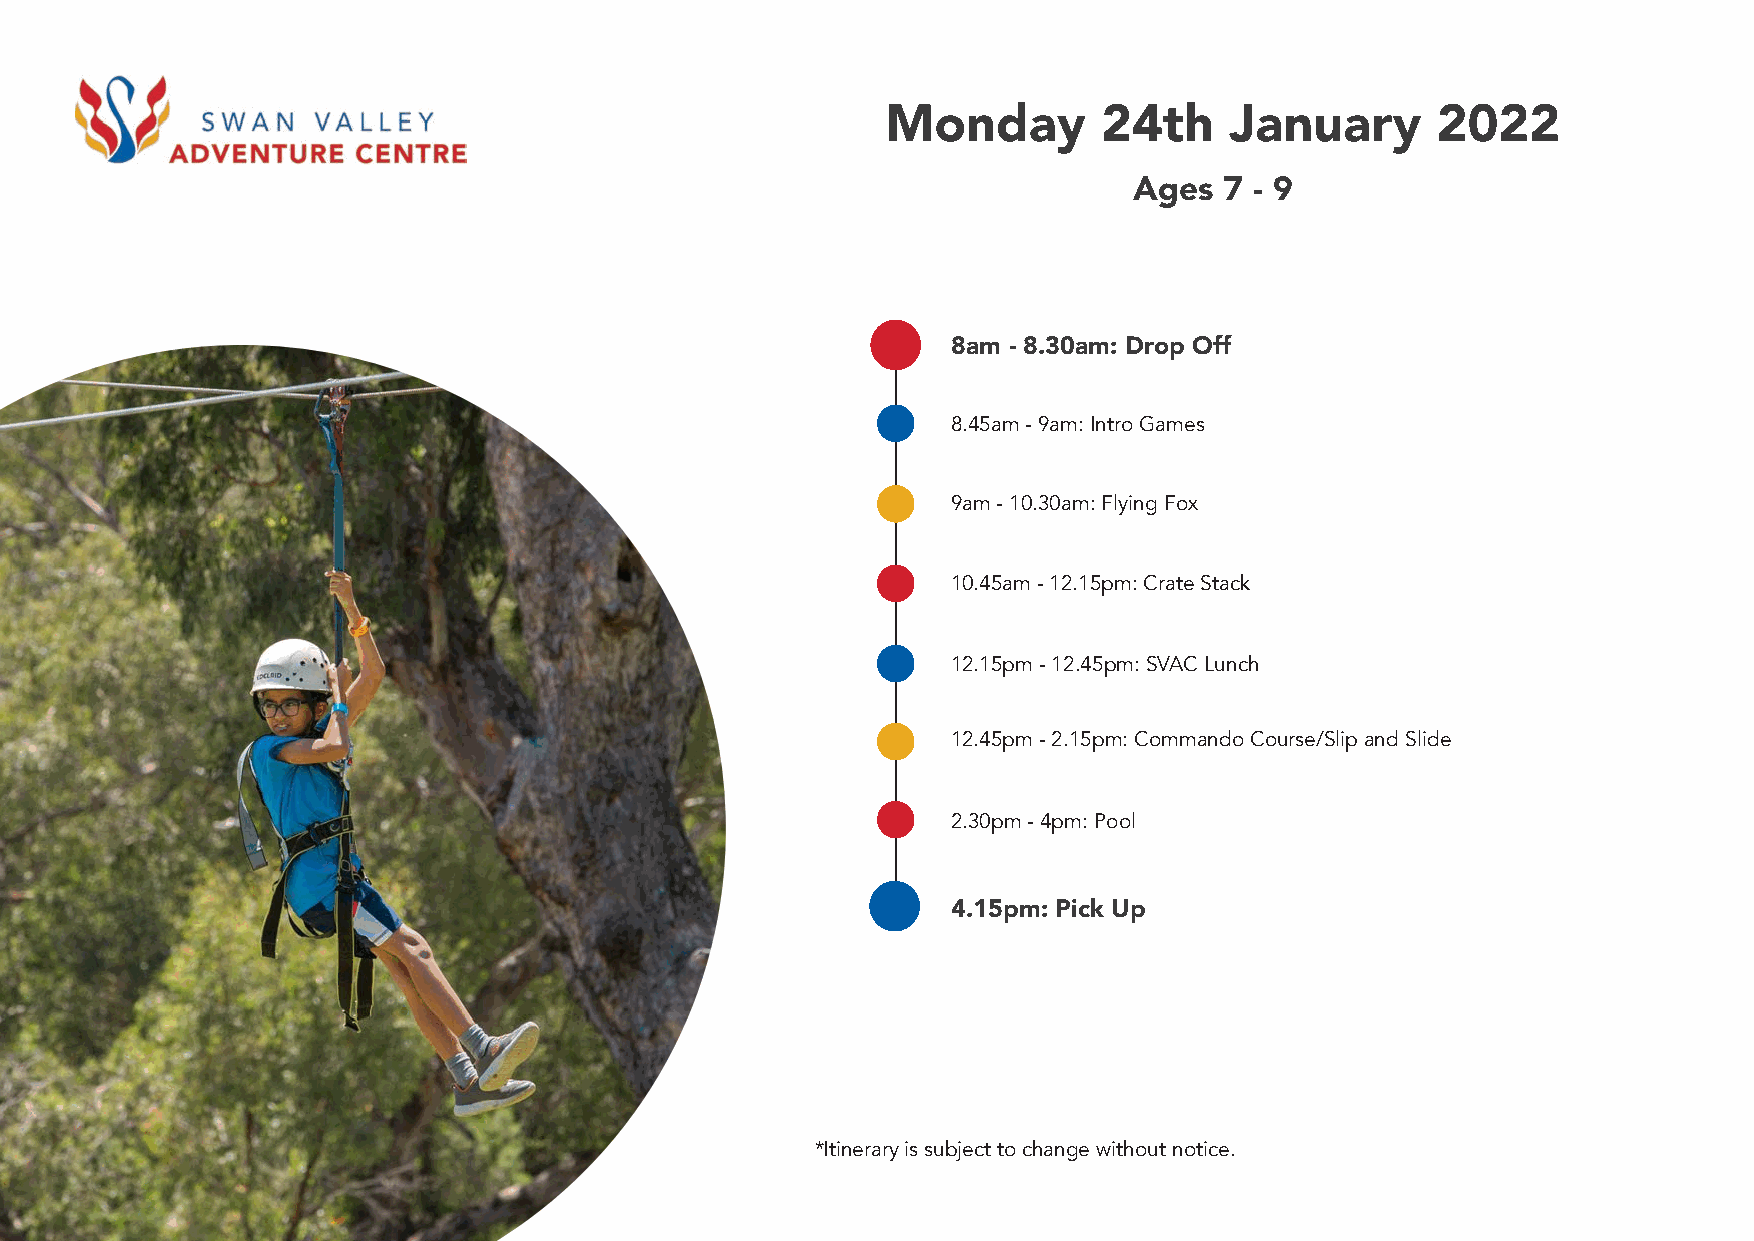
Monday        24th    January       2022
 Ages  7 - 9
 8am - 8.30am: Drop Off
 8.45am - 9am: Intro Games
 9am - 10.30am: Flying Fox
 10.45am - 12.15pm: Crate Stack
 12.15pm - 12.45pm: SVAC Lunch
 12.45pm - 2.15pm: Commando Course/Slip and Slide
 2.30pm - 4pm: Pool
 4.15pm: Pick Up
 *Itinerary is subject to change without notice.